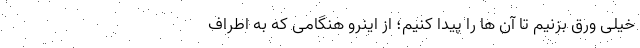
خیلی ورق بزنیم تا آن ها را پیدا کنیم؛ از اینرو هنگامی که به اطراف